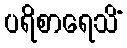
ပရိစာရေသိံ